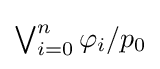
\textstyle \bigvee _{i=0}^{n}\varphi _{i}/p_{0}